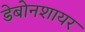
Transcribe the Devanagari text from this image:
डेबोनशायर